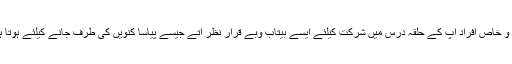
عام و خاص افراد آپ کے حلقہ درس میں شرکت کیلئے ایسے بیتاب وبے قرار نظر آتے جیسے پیاسا کنویں کی طرف جانے کیلئے ہوتا ہے۔